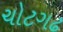
ચોટગઢ